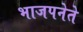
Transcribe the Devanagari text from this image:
भाजपनेते